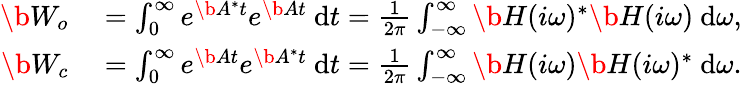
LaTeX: \begin{array}{rl}{\b{W_{o}}}&{{}=\int_{0}^{\infty}e^{\b{A}^{*}t}e^{\b{A}t}~\mathrm{d}t=\frac{1}{2\pi}\int_{-\infty}^{\infty}\b{H}(i\omega)^{*}\b{H}(i\omega)~\mathrm{d}\omega,}\\ {\b{W_{c}}}&{{}=\int_{0}^{\infty}e^{\b{A}t}e^{\b{A}^{*}t}~\mathrm{d}t=\frac{1}{2\pi}\int_{-\infty}^{\infty}\b{H}(i\omega)\b{H}(i\omega)^{*}~\mathrm{d}\omega.}\end{array}